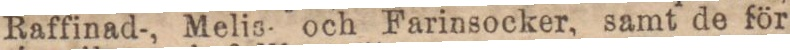
Raffinad-, Melis och Farinsocker, samt de för